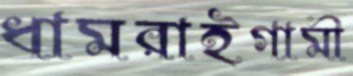
ধামরাইগামী